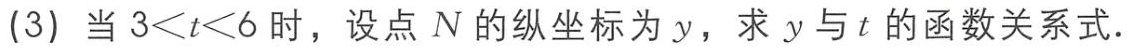
(3) 当 \(3<t<6\) 时，设点 \(N\) 的纵坐标为 \(y\)，求 \(y\) 与 \(t\) 的函数关系式.